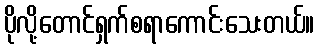
ပိုလို့တောင်ရှက်စရာကောင်းသေးတယ်။